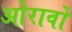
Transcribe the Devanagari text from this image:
ओरावों